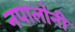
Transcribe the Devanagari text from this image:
नपालोनी